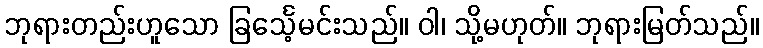
ဘုရားတည်းဟူသော ခြင်္သေ့မင်းသည်။ ဝါ၊ သို့မဟုတ်။ ဘုရားမြတ်သည်။